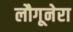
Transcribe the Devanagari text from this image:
लौगूनेरा